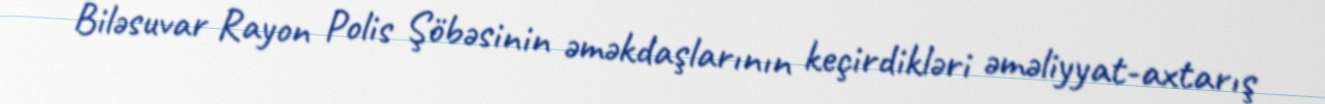
Biləsuvar Rayon Polis Şöbəsinin əməkdaşlarının keçirdikləri əməliyyat-axtarış